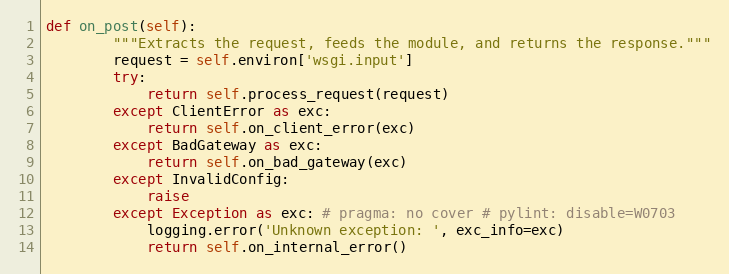
Language: Python
def on_post(self):
        """Extracts the request, feeds the module, and returns the response."""
        request = self.environ['wsgi.input']
        try:
            return self.process_request(request)
        except ClientError as exc:
            return self.on_client_error(exc)
        except BadGateway as exc:
            return self.on_bad_gateway(exc)
        except InvalidConfig:
            raise
        except Exception as exc: # pragma: no cover # pylint: disable=W0703
            logging.error('Unknown exception: ', exc_info=exc)
            return self.on_internal_error()